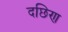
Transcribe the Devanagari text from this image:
दछिण